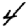
Digit: 4